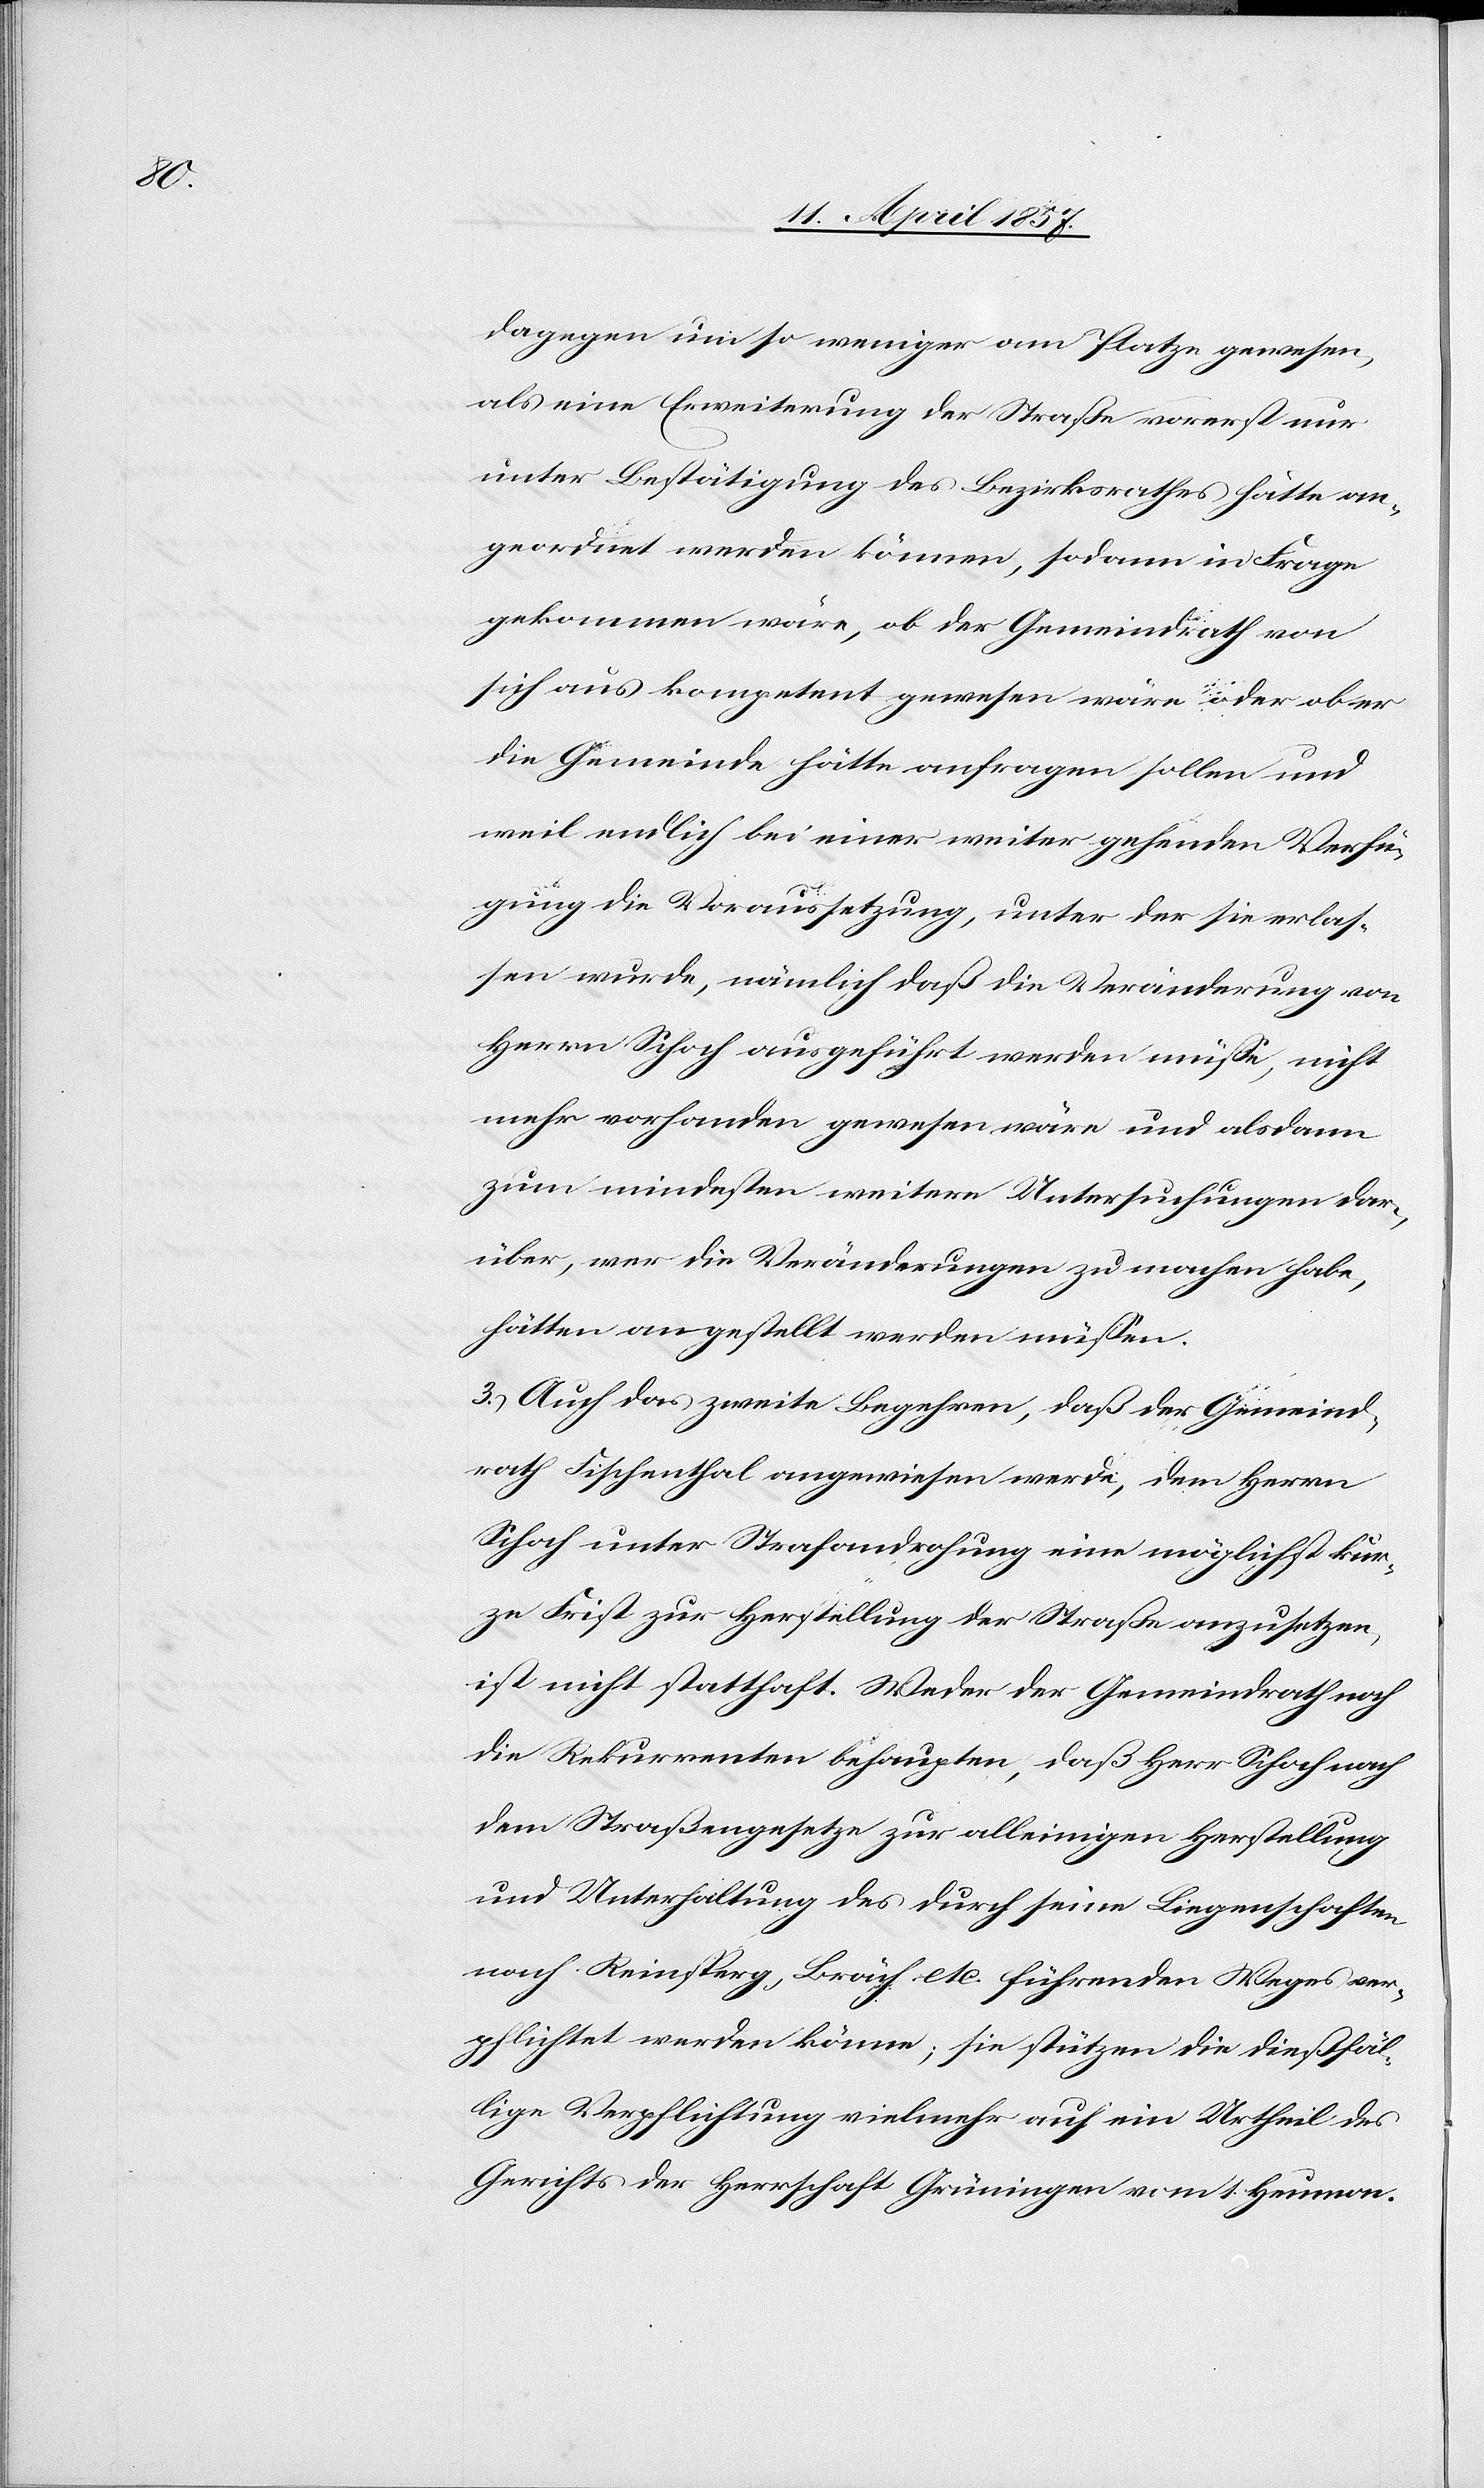
dagegen um so weniger am Platze gewesen,
als eine Erweiterung der Straße vorerst nur
unter Bestätigung des Bezirksrathes hätte an¬
geordnet werden können, sodann in Frage
gekommen wäre, ob der Gemeindrath von
sich aus kompetent gewesen wäre oder ob er
die Gemeinde hätte anfragen sollen und
weil endlich bei einer weiter gehenden Verfü¬
gung die Voraussetzung, unter der sie erlas¬
sen wurde, nämlich daß die Veränderung von
Herrn Schoch ausgeführt werden müsse, nicht
mehr vorhanden gewesen wäre und alsdann
zum mindesten weitere Untersuchungen dar¬
über, wer die Veränderungen zu machen habe,
hätten angestellt werden müssen.
3.) Auch das zweite Begehren, daß der Gemeind¬
rath Fischenthal angewiesen werde, dem Herrn
Schoch unter Strafandrohung eine möglichst kur¬
ze Frist zur Herstellung der Straße anzusetzen,
ist nicht statthaft. Weder der Gemeindrath noch
die Rekurrenten behaupten, daß Herr Schoch nach
dem Straßengesetze zur alleinigen Herstellung
und Unterhaltung des durch seine Liegenschaften
nach Reinsperg, Bräch etc. führenden Weges ver¬
pflichtet werden könne; sie stützen die dießfäl¬
lige Verpflichtung vielmehr auf ein Urtheil des
Gerichts der Herrschaft Grüningen vom 1. Heumon.